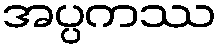
အပ္ပကဿ